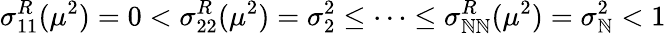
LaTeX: \sigma_{11}^{R}(\mu^{2})=0<\sigma_{22}^{R}(\mu^{2})=\sigma_{2}^{2}\leq\dots\leq\sigma_{\mathbb{N}\mathbb{N}}^{R}(\mu^{2})=\sigma_{\mathbb{N}}^{2}<1